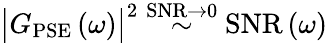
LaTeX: \bigl|G_{\mathrm{PSE}}\left(\omega\right)\bigr|^{2}\stackrel{\mathrm{SNR}\to 0}{\sim}\mathrm{SNR}\left(\omega\right)